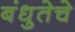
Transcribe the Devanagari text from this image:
बंधुतेचे